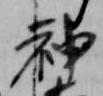
神